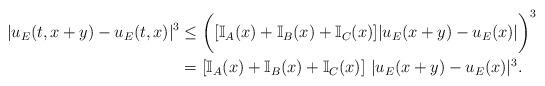
LaTeX: \begin{align*} |u_E(t,x+y)-u_E(t,x)|^3 & \le\biggl( [\mathbb{I}_{A}(x)+\mathbb{I}_{B}(x)+\mathbb{I}_{C}(x)]|u_E(x+y) -u_E(x)|\biggr)^3\\&= \left[\mathbb{I}_{A}(x)+\mathbb{I}_{B}(x)+\mathbb{I}_{C}(x)\right]\,|u_E(x+y) -u_E(x)|^3.\end{align*}